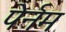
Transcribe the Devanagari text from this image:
पेर्नम